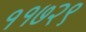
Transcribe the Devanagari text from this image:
११७२९